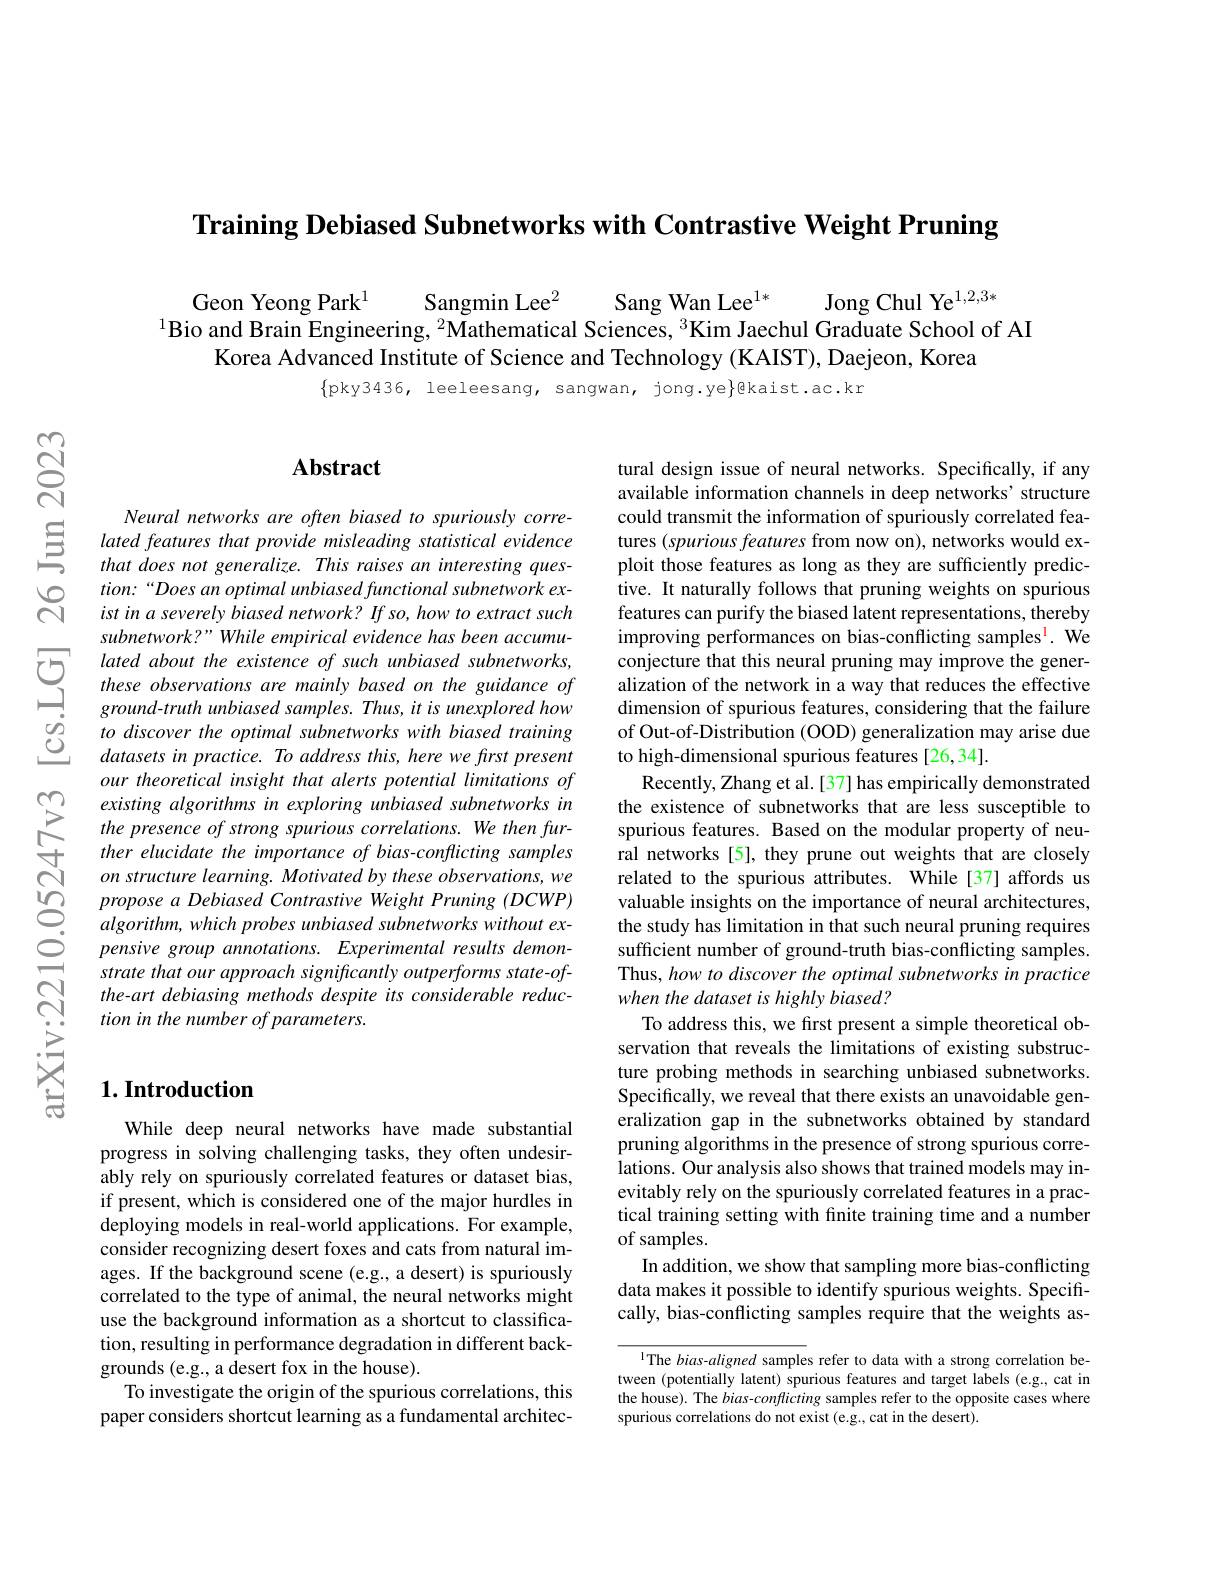
Training Debiased Subnetworks with Contrastive Weight Pruning

Geon Yeong Park$^{1}$ Sangmin Lee$^2$ Sang Wan Lee$^1*$ Jong Chul Ye$^{1,2,3*}^{1}$Bio and Brain Engineering, $^{2}$Mathematical Sciences, $^{3}$Kim Jaechul Graduate School of AI
Korea Advanced Institute of Science and Technology (KAIST), Daejeon, Korea

$\{$pky3436, leeleesang, sangwan, jong.ye$\}$@kaist.ac.kr

$ଟ୍ରି$

$సి$

### $\mathbf{Abstract}$

Neural networks are often biased to spuriously corre-
tion:“Does an optimal unbiased functional subnetwork existinaseverelybiased network? If so, how to extract such subnetwork?" While empirical evidence has been accumu-
$\begin{array}{cc}{}lated&about&the&existence&of&such&unbiased&subnetworks,\\&these&observations&are&mainly&based&on&the&guidance&of\\&ground-truth&unbiased&samples.&Thus,it&is&unexplored&how\end{array} $ $\underline{C}_{\begin{aligned}&to\:discover\:the\:optimal\:subnetworks\:with\:biased\:training\\&datasets\:in\:practice.\:To\:address\:this,\:here\:we\:first\:present\end{aligned}}$
our theoretical insight that alerts potential limitations of existing algorithms in exploring unbiased subnetworks in the presence of strong spurious correlations. We then further elucidate the importance of bias-conflicting samples on structure learning. Motivated by these observations, we propose a Debiased Contrastive Weight Pruning (DCWP) algorithm, which probes unbiased subnetworks without expensive group annotations. Experimental results demonstrate that our approach significantly outperforms state-ofthe-art debiasing methods despite its considerable reduction in the number of parameters.

## $1. \textbf{Introduction}$

While deep neural networks have made substantial progress in solving challenging tasks, they often undesirably rely on spuriously correlated features or dataset bias, if present, which is considered one of the major hurdles in deploying models in real-world applications. For example, consider recognizing desert foxes and cats from natural images. If the background scene (e.g., a desert) is spuriously correlated to the type of animal, the neural networks might use the background information as a shortcut to classification, resulting in performance degradation in different backgrounds (e.g., a desert fox in the house).
To investigate the origin of the spurious correlations, this paper considers shortcut learning as a fundamental architec-

tural design issue of neural networks. Specifically, if any available information channels in deep networks' structure could transmit the information of spuriously correlated features $( spurious\textit{features from now on}) $, networks would exploit those features as long as they are sufficiently predictive. It naturally follows that pruning weights on spurious features can purify the biased latent representations, thereby improving performances on bias-conflicting samples$^{\mathrm{l}}.$ We conjecture that this neural pruning may improve the generalization of the network in a way that reduces the effective dimension of spurious features, considering that the failure of Out-of-Distribution (OOD) generalization may arise due to high-dimensional spurious features [26,34].
Recently, Zhang et al. [37] has empirically demonstrated the existence of subnetworks that are less susceptible to spurious features. Based on the modular property of neural networks [5], they prune out weights that are closely related to the spurious attributes. While [37] affords us valuable insights on the importance of neural architectures, the study has limitation in that such neural pruning requires sufficient number of ground-truth bias-conflicting samples. Thus, how to discover the optimal subnetworks in practice when the dataset is highly biased?
To address this, we frst present a simple theoretical observation that reveals the limitations of existing substructure probing methods in searching unbiased subnetworks. Specifically, we reveal that there exists an unavoidable generalization gap in the subnetworks obtained by standard pruning algorithms in the presence of strong spurious correlations. Our analysis also shows that trained models may inevitably rely on the spuriously correlated features in a practical training setting with finite training time and a number of samples.
In addition, we show that sampling more bias-conflicting data makes it possible to identify spurious weights. Specifically, bias-conflicting samples require that the weights as-

IThe bias-aligned samples refer to data with a strong correlation between (potentially latent) spurious features and target labels (e.g., cat in the house). The $bias-conflicting$ samples refer to the opposite cases where spurious correlations do not exist (e.g.,cat in the desert).